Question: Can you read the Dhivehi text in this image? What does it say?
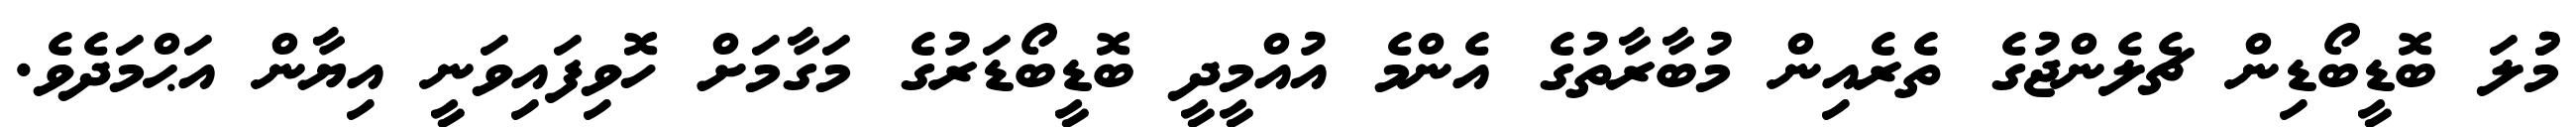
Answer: މުުލަ ބޮޑީބޯޑިން ޗެލެންޖުގެ ތެރެއިން މުބާރާތުގެ އެންމެ އުއްމީދީ ބޮޑީބޯޑަރުގެ މަގާމަށް ހޮވިފައިވަނީ އިޔާން އަޙްމަދެވެ.